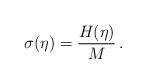
LaTeX: \begin{align*}\sigma(\eta) = \frac{H(\eta)}{M} \, .\end{align*}